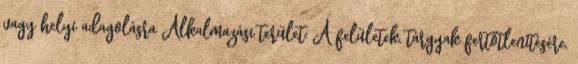
vagy helyi adagolásra Alkalmazási terület: A felületek, tárgyak fertőtlenítésére,